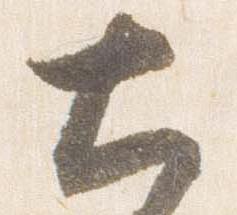
大